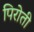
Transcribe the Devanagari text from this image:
पिरोती